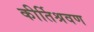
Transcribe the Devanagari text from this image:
कीर्तिश्रवण